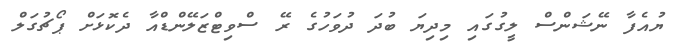
ޔުއެފާ ނޭޝަންސް ލީގުގައި މިދިޔަ ބުދަ ދުވަހުގެ ރޭ ސްވިޓްޒަލޭންޑްއާ ދެކޮޅަށް ޕޯޗުގަލް